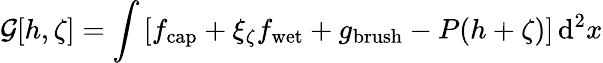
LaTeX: \mathcal{G}[h,\zeta]=\int\left[f_{\mathrm{cap}}+\xi_{\zeta}f_{\mathrm{wet}}+g_{\mathrm{brush}}-P(h+\zeta)\right]\, \mathrm{d}^{2}x